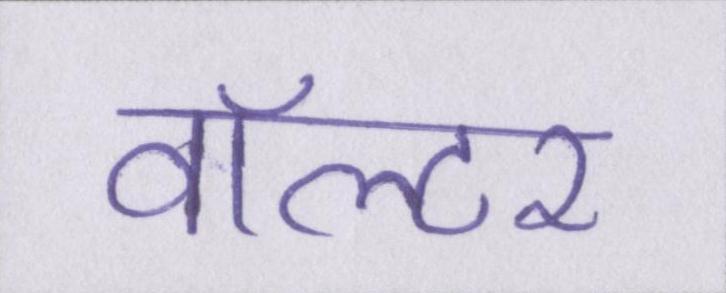
वॉल्टर